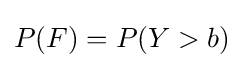
P(F)=P(Y>b)